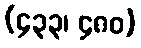
(၄၃၃၊ ၄၈၀)